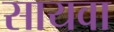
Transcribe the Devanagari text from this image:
सायवा